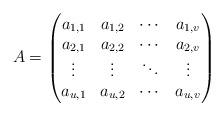
LaTeX: \begin{align*}A = \begin{pmatrix} a_{1,1} & a_{1,2} & \cdots & a_{1,v} \\ a_{2,1} & a_{2,2} & \cdots & a_{2,v} \\ \vdots & \vdots & \ddots & \vdots \\ a_{u,1} & a_{u,2} & \cdots & a_{u,v} \end{pmatrix}\end{align*}